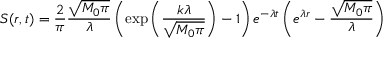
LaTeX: S ( r , t ) = \frac { 2 } { \pi } \frac { \sqrt { M _ { 0 } \pi } } { \lambda } \left( \exp \left( \frac { k \lambda } { \sqrt { M _ { 0 } \pi } } \right) - 1 \right) e ^ { - \lambda t } \left( e ^ { \lambda r } - \frac { \sqrt { M _ { 0 } \pi } } { \lambda } \right)